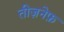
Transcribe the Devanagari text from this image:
तीज़नेफ़